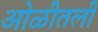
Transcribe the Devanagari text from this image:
ओळीतली